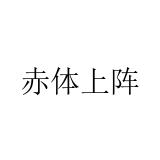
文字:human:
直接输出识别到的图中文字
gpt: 赤体上阵